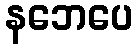
နဘေပေ